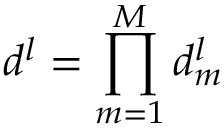
d ^ { l } = \prod _ { m = 1 } ^ { M } d _ { m } ^ { l }